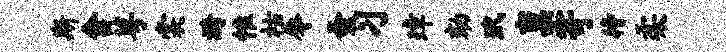
斯舍萼裳漪惟祜辱蚤习璋劾玳禀寄待柔